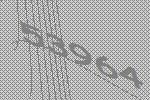
53964